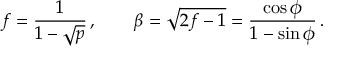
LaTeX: f = { \frac { 1 } { 1 - \sqrt p } } \, , \qquad \beta = \sqrt { 2 f - 1 } = { \frac { \cos \phi } { 1 - \sin \phi } } \, .